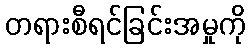
တရားစီရင်ခြင်းအမှုကို